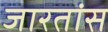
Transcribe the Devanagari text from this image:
जारतांस